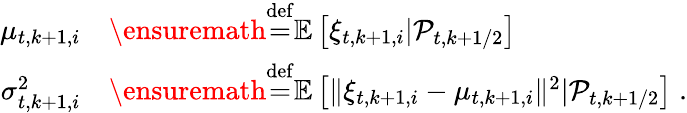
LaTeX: \begin{array}{rl}{\mu_{t,k+1,i}}&{\ensuremath{\stackrel{\mathrm{def}}{=}}\mathbb{E}\left[\xi_{t,k+1,i}\vert\mathcal{P}_{t,k+1/2}\right]}\\ {\sigma_{t,k+1,i}^{2}}&{\ensuremath{\stackrel{\mathrm{def}}{=}}\mathbb{E}\left[\| \xi_{t,k+1,i}-\mu_{t,k+1,i}\| ^{2}\vert\mathcal{P}_{t,k+1/2}\right]\; .}\end{array}